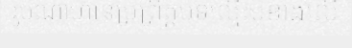
រូបណាហ៊ានប្រព្រឹត្តបទល្មើសខាងលើ